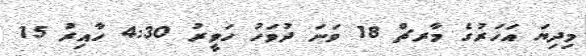
މިދިޔަ އަހަރުގެ މާރޗް 18 ވަނަ ދުވަހު ހަވީރު 4:30 ހާއިރު 15